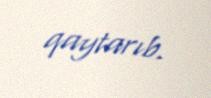
qaytarıb.